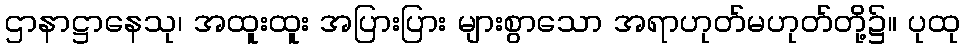
ဌာနာဋ္ဌာနေသု၊ အထူးထူး အပြားပြား များစွာသော အရာဟုတ်မဟုတ်တို့၌။ ပုထု